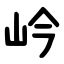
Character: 岒